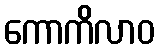
ကောကိလာဝ